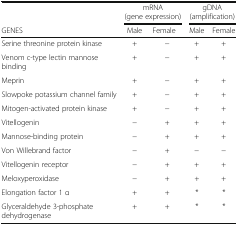
<table><thead><tr><td></td><td colspan="2"><b>mRNA (gene expression)</b></td><td colspan="2"><b>gDNA (amplification)</b></td></tr><tr><td><b>GENES</b></td><td><b>Male</b></td><td><b>Female</b></td><td><b>Male</b></td><td><b>Female</b></td></tr></thead><tbody><tr><td>Serine threonine protein kinase</td><td>+</td><td>−</td><td>+</td><td>+</td></tr><tr><td>Venom c-type lectin mannose binding</td><td>+</td><td>−</td><td>+</td><td>+</td></tr><tr><td>Meprin</td><td>+</td><td>−</td><td>+</td><td>+</td></tr><tr><td>Slowpoke potassium channel family</td><td>+</td><td>−</td><td>+</td><td>+</td></tr><tr><td>Mitogen-activated protein kinase</td><td>+</td><td>−</td><td>+</td><td>+</td></tr><tr><td>Vitellogenin</td><td>−</td><td>+</td><td>+</td><td>+</td></tr><tr><td>Mannose-binding protein</td><td>−</td><td>+</td><td>+</td><td>+</td></tr><tr><td>Von Willebrand factor</td><td>−</td><td>+</td><td>−</td><td>−</td></tr><tr><td>Vitellogenin receptor</td><td>−</td><td>+</td><td>+</td><td>+</td></tr><tr><td>Meloxyperoxidase</td><td>−</td><td>+</td><td>+</td><td>+</td></tr><tr><td>Elongation factor 1 α</td><td>+</td><td>+</td><td>*</td><td>*</td></tr><tr><td>Glyceraldehyde 3-phosphate dehydrogenase</td><td>+</td><td>+</td><td>*</td><td>*</td></tr></tbody></table>